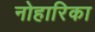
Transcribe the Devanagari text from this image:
नोहारिका